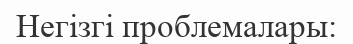
Негізгі проблемалары: